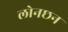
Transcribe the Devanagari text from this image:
लोनछन